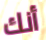
أنك